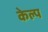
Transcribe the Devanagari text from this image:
केल्प